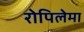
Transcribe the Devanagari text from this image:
रोपिलेमा